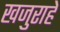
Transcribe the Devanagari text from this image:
खजुराहे